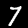
Digit: 7